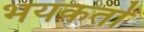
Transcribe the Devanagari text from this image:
भयकर्ता